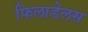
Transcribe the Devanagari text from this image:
फिलाडेलस